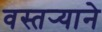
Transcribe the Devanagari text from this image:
वस्तर्‍याने